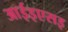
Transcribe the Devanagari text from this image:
आईइएसइ